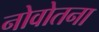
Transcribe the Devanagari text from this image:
नोवोतना